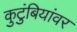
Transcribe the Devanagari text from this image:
कुटुंबियांवर